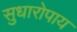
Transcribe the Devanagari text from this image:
सुधारोपाय